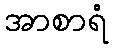
အာစာရံ